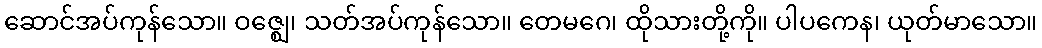
ဆောင်အပ်ကုန်သော။ ဝဇ္ဈေ၊ သတ်အပ်ကုန်သော။ တေမဂေ၊ ထိုသားတို့ကို။ ပါပကေန၊ ယုတ်မာသော။